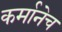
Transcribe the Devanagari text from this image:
कर्मानेच